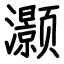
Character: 灏